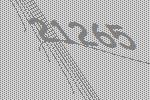
21265